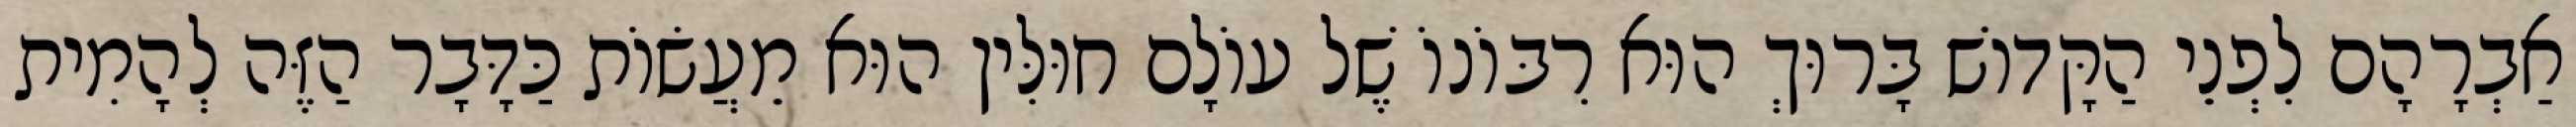
אַבְרָהָם לִפְנֵי הַקָּדוֹשׁ בָּרוּךְ הוּא רִבּוֹנוֹ שֶׁל עוֹלָם חוּלִּין הוּא מֵעֲשׂוֹת כַּדָּבָר הַזֶּה לְהָמִית